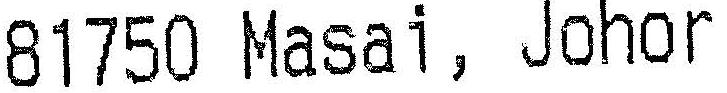
81750 MASAI, JOHOR